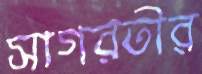
সাগরতীর